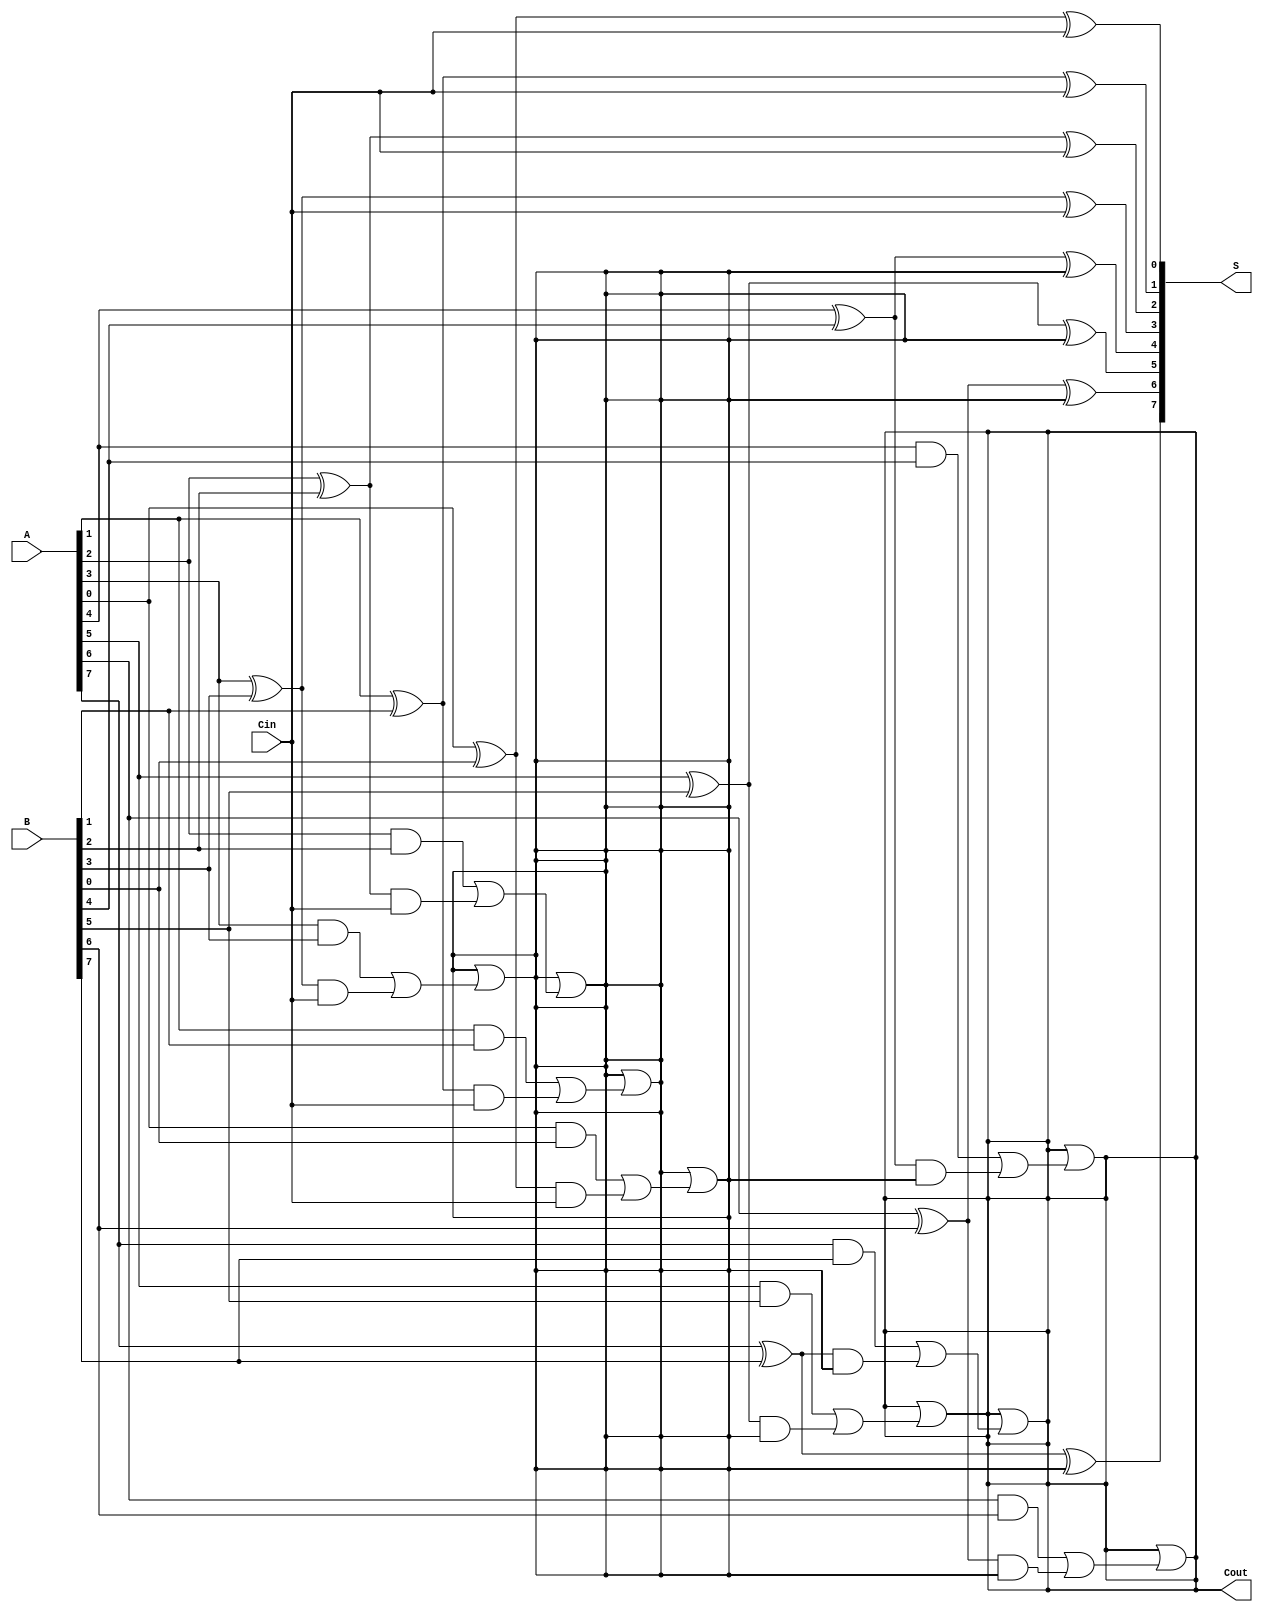
module han_carlson_adder #(parameter N = 8, BLOCK_SIZE = 4) (
    input  [N-1:0] A,      // First n-bit input
    input  [N-1:0] B,      // Second n-bit input
    input         Cin,      // Carry-in
    output [N-1:0] S,      // n-bit sum output
    output        Cout      // Carry-out
);

    // Number of blocks
    localparam NUM_BLOCKS = N / BLOCK_SIZE;

    // Internal signals for carry generation and propagation
    wire [NUM_BLOCKS:0] carry; // carry[0] = Cin, carry[1] to carry[NUM_BLOCKS] are generated carries

    // Generate carry signals for each block
    genvar i, j;
    generate
        // Initialize carry[0] with Cin
        assign carry[0] = Cin;

        for (i = 0; i < NUM_BLOCKS; i = i + 1) begin : block
            // Full adders in each block
            for (j = 0; j < BLOCK_SIZE; j = j + 1) begin : fa
                wire a = A[i*BLOCK_SIZE + j];
                wire b = B[i*BLOCK_SIZE + j];
                wire c_in = carry[i];

                // Sum calculation
                assign S[i*BLOCK_SIZE + j] = a ^ b ^ c_in;

                // Carry generation
                wire g = a & b; // Generate
                wire p = a ^ b; // Propagate

                // Carry-out for the current full adder
                assign carry[i + 1] = carry[i + 1] | (g | (p & c_in));
            end
        end
    endgenerate

    // Final carry-out
    assign Cout = carry[NUM_BLOCKS];

endmodule